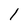
Character: l